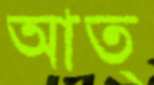
আত্